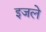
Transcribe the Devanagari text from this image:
इजले